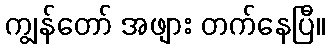
ကျွန်တော် အဖျား တက်နေပြီ။